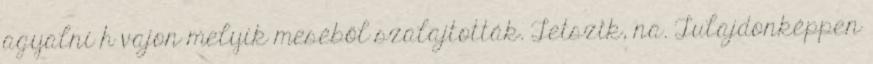
agyalni h vajon melyik meséből szalajtották. Tetszik, na. Tulajdonképpen